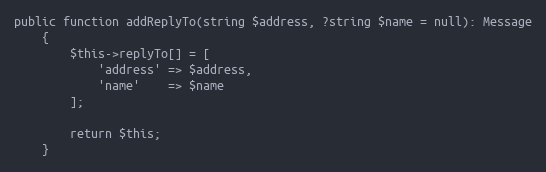
Language: PHP
public function addReplyTo(string $address, ?string $name = null): Message
    {
        $this->replyTo[] = [
            'address' => $address,
            'name'    => $name
        ];

        return $this;
    }